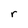
Character: r